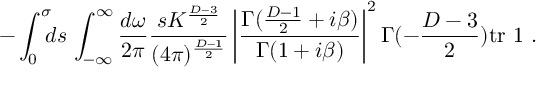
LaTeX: - \int _ { 0 } ^ { \sigma } \! \! \! d s \, \int _ { - \infty } ^ { \infty } \frac { d \omega } { 2 \pi } \frac { s K ^ { \frac { D - 3 } { 2 } } } { ( 4 \pi ) ^ { \frac { D - 1 } { 2 } } } \left| \frac { \Gamma ( \frac { D - 1 } { 2 } + i \beta ) } { \Gamma ( 1 + i \beta ) } \right| ^ { 2 } \Gamma ( - \frac { D - 3 } { 2 } ) \mathrm { t r } \mathrm { \boldmath ~ 1 ~ } .